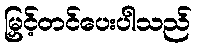
မြှင့်တင်ပေးပါသည်